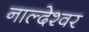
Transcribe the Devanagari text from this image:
नाल्देश्वर